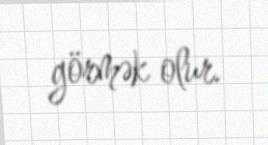
görmək olur.